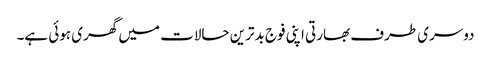
دوسری طرف بھارتی اپنی فوج بدترین حالات میں گھری ہوئی ہے۔